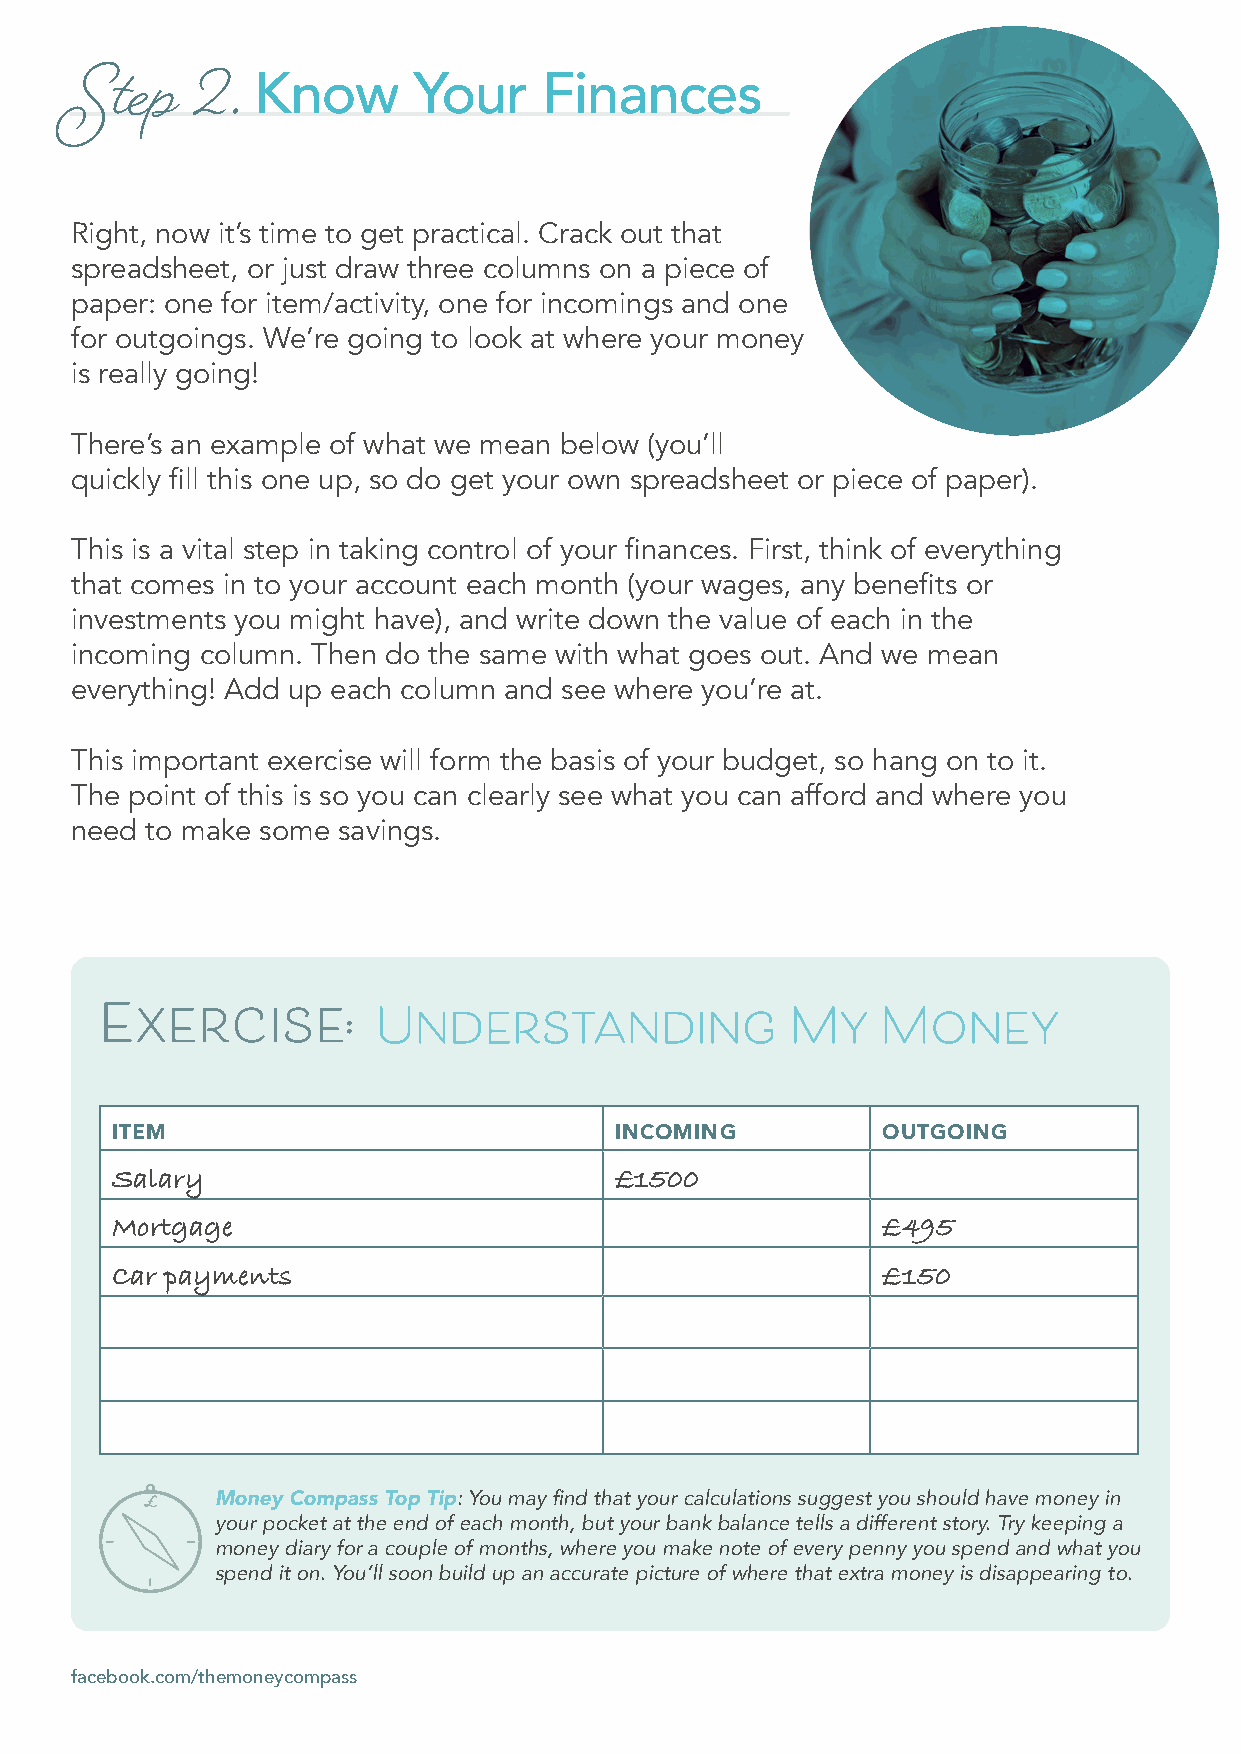
Know      Your     Finances
 Step    2.
 Right, now it’s time to get practical. Crack out that
 spreadsheet, or just draw three columns on a piece of
 paper: one for item/activity, one for incomings and one
 for outgoings. We’re going to look at where your money
 is really going!
 There’s an example of what we mean below (you’ll
 quickly fill this one up, so do get your own spreadsheet or piece of paper).
 This is a vital step in taking control of your finances. First, think of everything
 that comes in to your account each month (your wages, any benefits or
 investments you might have), and write down the value of each in the
 incoming column. Then do the same with what goes out. And we mean
 everything! Add up each column and see where you’re at.
 This important exercise will form the basis of your budget, so hang on to it.
 The point of this is so you can clearly see what you can afford and where you
 need to make some savings.
 Exercise:         Understanding              My    Money
 ITEM                              INCOMING         OUTGOING
 Salary                            £1500
 Mortgage                                           £495
 Car payments                                       £150
 Money Compass Top Tip: You may find that your calculations suggest you should have money in
 your pocket at the end of each month, but your bank balance tells a different story. Try keeping a
 money diary for a couple of months, where you make note of every penny you spend and what you
 spend it on. You’ll soon build up an accurate picture of where that extra money is disappearing to.
 facebook.com/themoneycompass